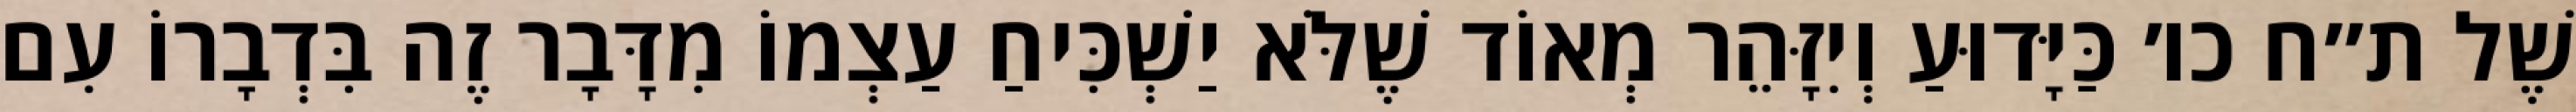
שֶׁל ת״ח כו׳ כַּיָּדוּעַ וְיִזָּהֵר מְאוֹד שֶׁלֹּא יַשְׁכִּיחַ עַצְמוֹ מִדָּבָר זֶה בִּדְבָרוֹ עִם